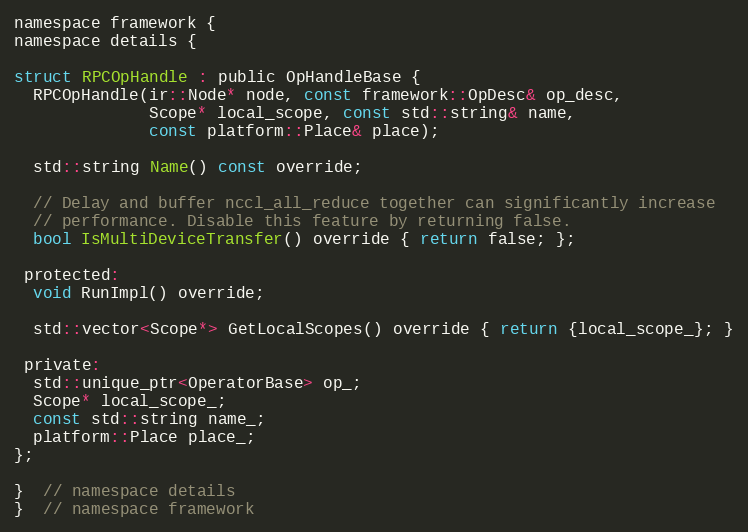
Language: C
namespace framework {
namespace details {

struct RPCOpHandle : public OpHandleBase {
  RPCOpHandle(ir::Node* node, const framework::OpDesc& op_desc,
              Scope* local_scope, const std::string& name,
              const platform::Place& place);

  std::string Name() const override;

  // Delay and buffer nccl_all_reduce together can significantly increase
  // performance. Disable this feature by returning false.
  bool IsMultiDeviceTransfer() override { return false; };

 protected:
  void RunImpl() override;

  std::vector<Scope*> GetLocalScopes() override { return {local_scope_}; }

 private:
  std::unique_ptr<OperatorBase> op_;
  Scope* local_scope_;
  const std::string name_;
  platform::Place place_;
};

}  // namespace details
}  // namespace framework